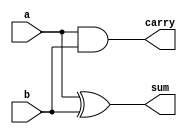
module half_adder_dataflow(
    input a,
    input b,
    output sum,
    output carry
    );
    // Dataflow uses continuous assignments 
    assign sum = a ^ b;    // a XOR b
    assign carry = a & b;  // a AND b
endmodule